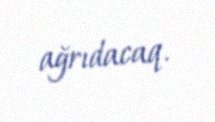
ağrıdacaq.